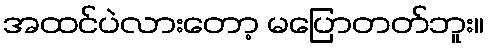
အထင်ပဲလားတော့ မပြောတတ်ဘူး။